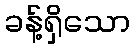
ခန့်ရှိသော